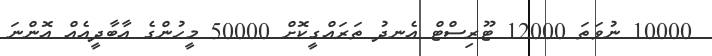
10000 ނުވަތަ 12000 ޓޫރިސްޓް އެނދު ތަރައްގީކޮށް 50000 މީހުންގެ އާބާދީއެއް އޮންނަ